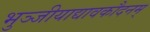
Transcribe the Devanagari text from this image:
भुञ्जीयाद्यावकौदनम्